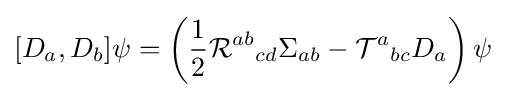
[D_{a},D_{b}]\psi =\left({\frac {1}{2}}{\mathcal {R}}^{ab}{}_{cd}\Sigma _{ab}-{\mathcal {T}}^{a}{}_{bc}D_{a}\right)\psi